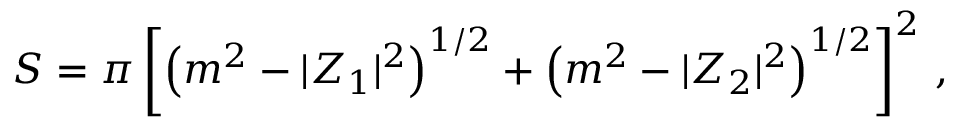
S = \pi \left[ \left( m ^ { 2 } - | { \cal Z } _ { 1 } | ^ { 2 } \right) ^ { 1 / 2 } + \left( m ^ { 2 } - | { \cal Z } _ { 2 } | ^ { 2 } \right) ^ { 1 / 2 } \right] ^ { 2 } \, ,